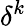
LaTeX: \delta^{k}